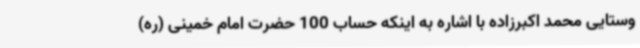
وستایی محمد اکبرزاده با اشاره به اینکه حساب 100 حضرت امام خمینی (ره)